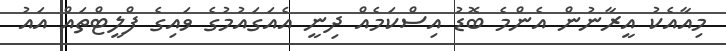
މިއާއެކު އީރާނުން އެންމެ ބޮޑު އިސްކަމެއް ދިނީ އެއަގައުމުގެ ވައިގެ ފްލީޓްތައް އައު